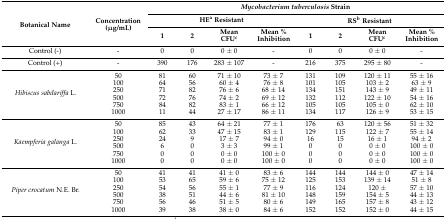
<table><thead><tr><td rowspan="3"><b>Botanical Name</b></td><td rowspan="3"><b>Concentration (μg/mL)</b></td><td colspan="8"><b><i>Mycobacterium tuberculosis</i> Strain</b></td></tr><tr><td colspan="4"><b>HE<sup>a</sup> Resistant</b></td><td colspan="4"><b>RS<sup>b</sup> Resistant</b></td></tr><tr><td><b>1</b></td><td><b>2</b></td><td><b>Mean CFU<sup>c</sup></b></td><td><b>Mean % Inhibition</b></td><td><b>1</b></td><td><b>2</b></td><td><b>Mean CFU<sup>c</sup></b></td><td><b>Mean % Inhibition</b></td></tr></thead><tbody><tr><td>Control (-)</td><td>-</td><td>0</td><td>0</td><td>0 ± 0</td><td>-</td><td>0</td><td>0</td><td>0 ± 0</td><td>-</td></tr><tr><td>Control (+)</td><td>-</td><td>390</td><td>176</td><td>283 ± 107</td><td>-</td><td>216</td><td>375</td><td>295 ± 80</td><td>-</td></tr><tr><td rowspan="6"><i>Hibiscus sabdariffa</i> L.</td><td>50</td><td>81</td><td>60</td><td>71 ± 10</td><td>73 ± 7</td><td>131</td><td>109</td><td>120 ± 11</td><td>55 ± 16</td></tr><tr><td>100</td><td>64</td><td>56</td><td>60 ± 4</td><td>76 ± 8</td><td>101</td><td>105</td><td>103 ± 2</td><td>63 ± 9</td></tr><tr><td>250</td><td>71</td><td>82</td><td>76 ± 6</td><td>68 ± 14</td><td>134</td><td>151</td><td>143 ± 9</td><td>49 ± 11</td></tr><tr><td>500</td><td>72</td><td>76</td><td>74 ± 2</td><td>69 ± 12</td><td>132</td><td>112</td><td>122 ± 10</td><td>54 ± 16</td></tr><tr><td>750</td><td>84</td><td>82</td><td>83 ± 1</td><td>66 ± 12</td><td>105</td><td>105</td><td>105 ± 0</td><td>62 ± 10</td></tr><tr><td>1000</td><td>11</td><td>44</td><td>27 ± 17</td><td>86 ± 11</td><td>134</td><td>117</td><td>126 ± 9</td><td>53 ± 15</td></tr><tr><td rowspan="6"><i>Kaempferia galanga</i> L.</td><td>50</td><td>85</td><td>43</td><td>64 ± 21</td><td>77 ± 1</td><td>176</td><td>63</td><td>120 ± 56</td><td>51 ± 32</td></tr><tr><td>100</td><td>62</td><td>33</td><td>47 ± 15</td><td>83 ± 1</td><td>129</td><td>115</td><td>122 ± 7</td><td>55 ± 14</td></tr><tr><td>250</td><td>24</td><td>9</td><td>17 ± 7</td><td>94 ± 0</td><td>16</td><td>15</td><td>16 ± 1</td><td>94 ± 2</td></tr><tr><td>500</td><td>6</td><td>0</td><td>3 ± 3</td><td>99 ± 1</td><td>0</td><td>0</td><td>0 ± 0</td><td>100 ± 0</td></tr><tr><td>750</td><td>0</td><td>0</td><td>0 ± 0</td><td>100 ± 0</td><td>0</td><td>0</td><td>0 ± 0</td><td>100 ± 0</td></tr><tr><td>1000</td><td>0</td><td>0</td><td>0 ± 0</td><td>100 ± 0</td><td>0</td><td>0</td><td>0 ± 0</td><td>100 ± 0</td></tr><tr><td rowspan="6"><i>Piper crocatum</i> N.E. Br.</td><td>50</td><td>41</td><td>41</td><td>41 ± 0</td><td>83 ± 6</td><td>144</td><td>144</td><td>144 ± 0</td><td>47 ± 14</td></tr><tr><td>100</td><td>53</td><td>65</td><td>59 ± 6</td><td>75 ± 12</td><td>125</td><td>153</td><td>139 ± 14</td><td>51 ± 8</td></tr><tr><td>250</td><td>54</td><td>56</td><td>55 ± 1</td><td>77 ± 9</td><td>116</td><td>124</td><td>120 ± </td><td>57 ± 10</td></tr><tr><td>500</td><td>38</td><td>51</td><td>44 ± 6</td><td>81 ± 10</td><td>148</td><td>159</td><td>154 ± 5</td><td>44 ± 13</td></tr><tr><td>750</td><td>56</td><td>46</td><td>51 ± 5</td><td>80 ± 6</td><td>149</td><td>165</td><td>157 ± 8</td><td>43 ± 12</td></tr><tr><td>1000</td><td>39</td><td>38</td><td>38 ± 0</td><td>84 ± 6</td><td>152</td><td>152</td><td>152 ± 0</td><td>44 ± 15</td></tr></tbody></table>